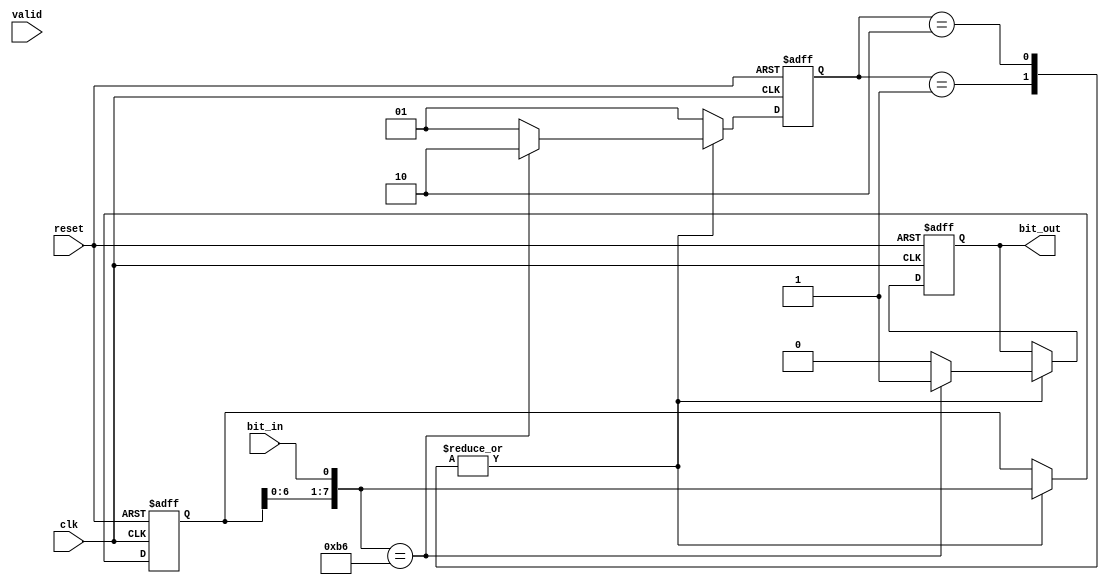
module Q4_Mealy(
    input clk,
    input reset,
    input valid,
    input bit_in,
    output reg bit_out
    );

parameter S1 = 2'b01;
parameter S2 = 2'b10;

reg [1:0] state;
reg [7:0] shift_reg;

always @(posedge clk or posedge reset) begin
    if (reset) begin
        state = S1;
        shift_reg = 8'b0;
        bit_out = 1'b0;
    end else begin
        case(state)
            S1: begin
                shift_reg = {shift_reg[6:0], bit_in};
                if (shift_reg[7:0] == 8'b10110110) begin
                    bit_out = 1'b1;
                    state = S2;
                end else begin
                    bit_out = 1'b0;
                    state = S1;
                end
            end
            S2: begin
                shift_reg = {shift_reg[6:0], bit_in};
                if (shift_reg[7:0] == 8'b10110110) begin
                    bit_out = 1'b1;
                    state = S2;
                end else begin
                    bit_out = 1'b0;
                    state = S1;
                end
            end
            default: state = S1;
        endcase
    end
end

endmodule